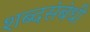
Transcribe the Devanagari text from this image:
शब्दसंबंधी